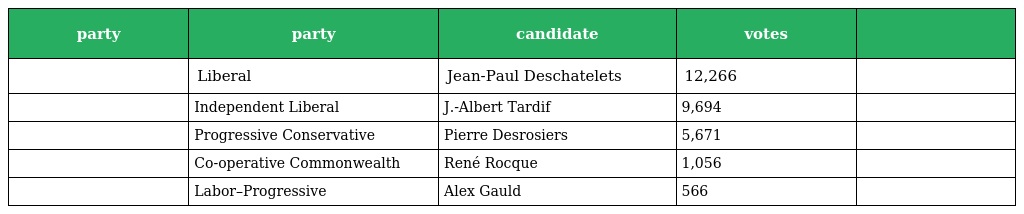
| party | party | candidate | votes |  |
 | --- | --- | --- | --- | --- |
 |  | Liberal | Jean-Paul Deschatelets | 12,266 |  |
 |  | Independent Liberal | J.-Albert Tardif | 9,694 |  |
 |  | Progressive Conservative | Pierre Desrosiers | 5,671 |  |
 |  | Co-operative Commonwealth | René Rocque | 1,056 |  |
 |  | Labor–Progressive | Alex Gauld | 566 |  |